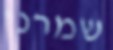
שמרני